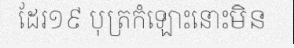
ដែរ១៩ បុត្រកំឡោះនោះមិន